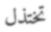
تختذل